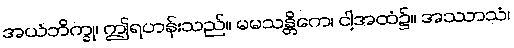
အယံဘိက္ခု၊ ဤရဟန်းသည်။ မမသန္တိကေ၊ ငါ့အထံ၌။ အဿာသံ၊